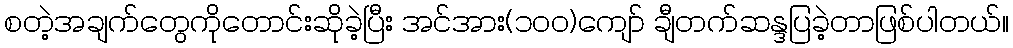
စတဲ့အချက်တွေကိုတောင်းဆိုခဲ့ပြီး အင်အား(၁၀ဝ)ကျော် ချီတက်ဆန္ဒပြခဲ့တာဖြစ်ပါတယ်။